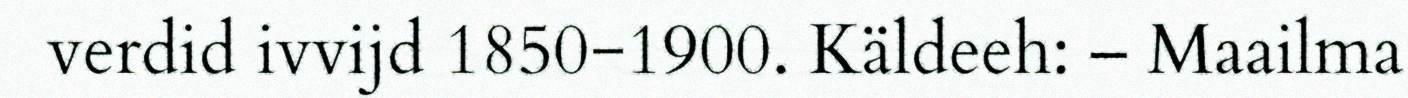
verdid ivvijd 1850−1900. Käldeeh: – Maailma